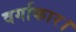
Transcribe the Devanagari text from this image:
वर्गाकार।